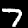
Digit: 7